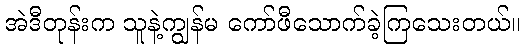
အဲဒီတုန်းက သူနဲ့ကျွန်မ ကော်ဖီသောက်ခဲ့ကြသေးတယ်။